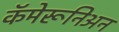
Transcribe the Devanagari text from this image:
कॅमेरूनिअन